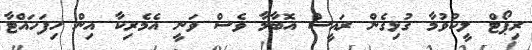
ރިޕޯޓް ލީކުވުމާ ގުޅިގެން ރައީސް އޮބާމާ ވެސް ވަނީ އެމެރިކާ އިން ހިފަހައްޓާ